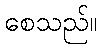
စေသည်။